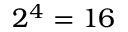
2 ^ { 4 } = 1 6